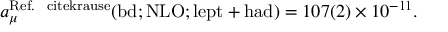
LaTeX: a _ { \mu } ^ { \mathrm { R e f . ~ \ c i t e { k r a u s e } } } ( \mathrm { b d ; N L O ; l e p t + h a d } ) = 1 0 7 ( 2 ) \times 1 0 ^ { - 1 1 } .